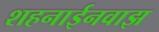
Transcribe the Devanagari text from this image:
शहनाईनवाझ